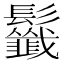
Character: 𩰁